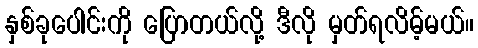
နှစ်ခုပေါင်းကို ပြောတယ်လို့ ဒီလို မှတ်ရလိမ့်မယ်။